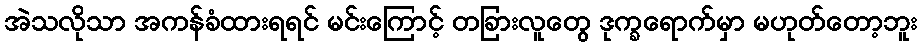
အဲသလိုသာ အကန်ခံထားရရင် မင်းကြောင့် တခြားလူတွေ ဒုက္ခရောက်မှာ မဟုတ်တော့ဘူး